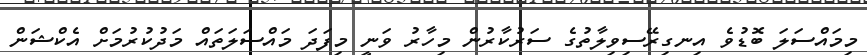
މިމައްސަލަ ބޮޑުވެ އިނގިރޭސިވިލާތުގެ ސަރުކާރުން މިހާރު ވަނީ މިފަދަ މައްސަލަތައް މަދުކުރުމަށް އެކްޝަން